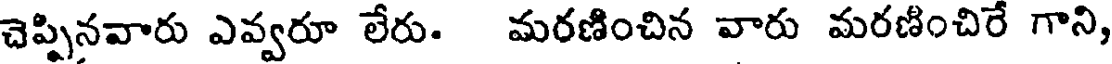
చెప్పినవారు ఎవ్వరూ లేరు. మరణించిన వారు మరణించిరే గాని,